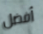
أفضل